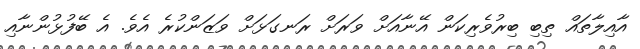
އާއިލާތައް ތިބި ބިރުވެރިކަން އޭނާއަށް ވަރަށް ރަނގަޅަށް ވަޒަންކުރެ އެވެ. އެ ބޭފުޅުންނާއި